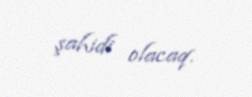
şahidi olacaq.